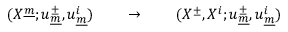
( X ^ { \underline { { { m } } } } ; u _ { \underline { { { m } } } } ^ { \pm } , u _ { \underline { { { m } } } } ^ { i } ) \qquad \rightarrow \qquad ( X ^ { \pm } , X ^ { i } ; u _ { \underline { { { m } } } } ^ { \pm } , u _ { \underline { { { m } } } } ^ { i } )